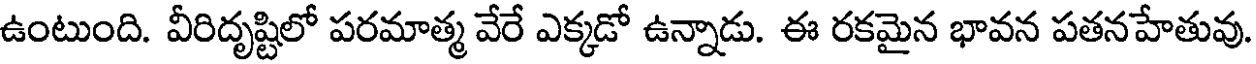
ఉంటుంది. వీరిదృష్టిలో పరమాత్మ వేరే ఎక్కడో ఉన్నాడు. ఈ రకమైన భావన పతనహేతువు